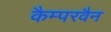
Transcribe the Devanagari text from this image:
कैम्परवैन